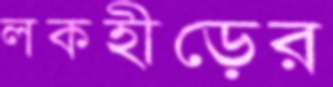
লকহীড়ের